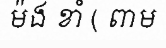
ម៉ង ខាំ ( ពាម